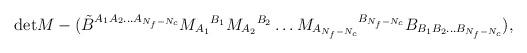
LaTeX: \begin{align*}\mbox{det} M - (\tilde B^{A_1 A_2\ldots A_{N_f-N_c}} M_{A_1}{}^{B_1}M_{A_2}{}^{B_2} \ldots M_{A_{N_f-N_c}}{}^{B_{N_f-N_c}}B_{B_1 B_2\ldots B_{N_f-N_c}}),\end{align*}